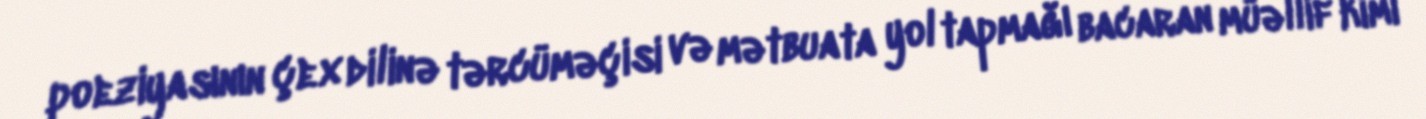
poeziyasının çex dilinə tərcüməçisi və mətbuata yol tapmağı bacaran müəllif kimi